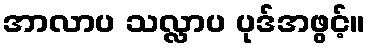
အာလာပ သလ္လာပ ပုဒ်အဖွင့်။